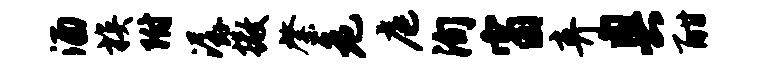
酒族附潺撒綮危庭洵窗弃奥酣